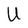
Character: U